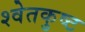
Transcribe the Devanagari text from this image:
श्वेतकुष्ट